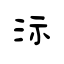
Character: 沶